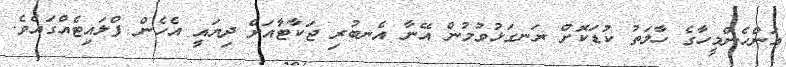
އަންހެންމީހާގެ ހާލަތު ކުޑަކޮށް ރަނގަޅުވުމުން އޭނާ އެނބުރި ޖަކާޓާއަށް ދިޔައީ އެހެން ފްލައިޓެއްގައެވެ.